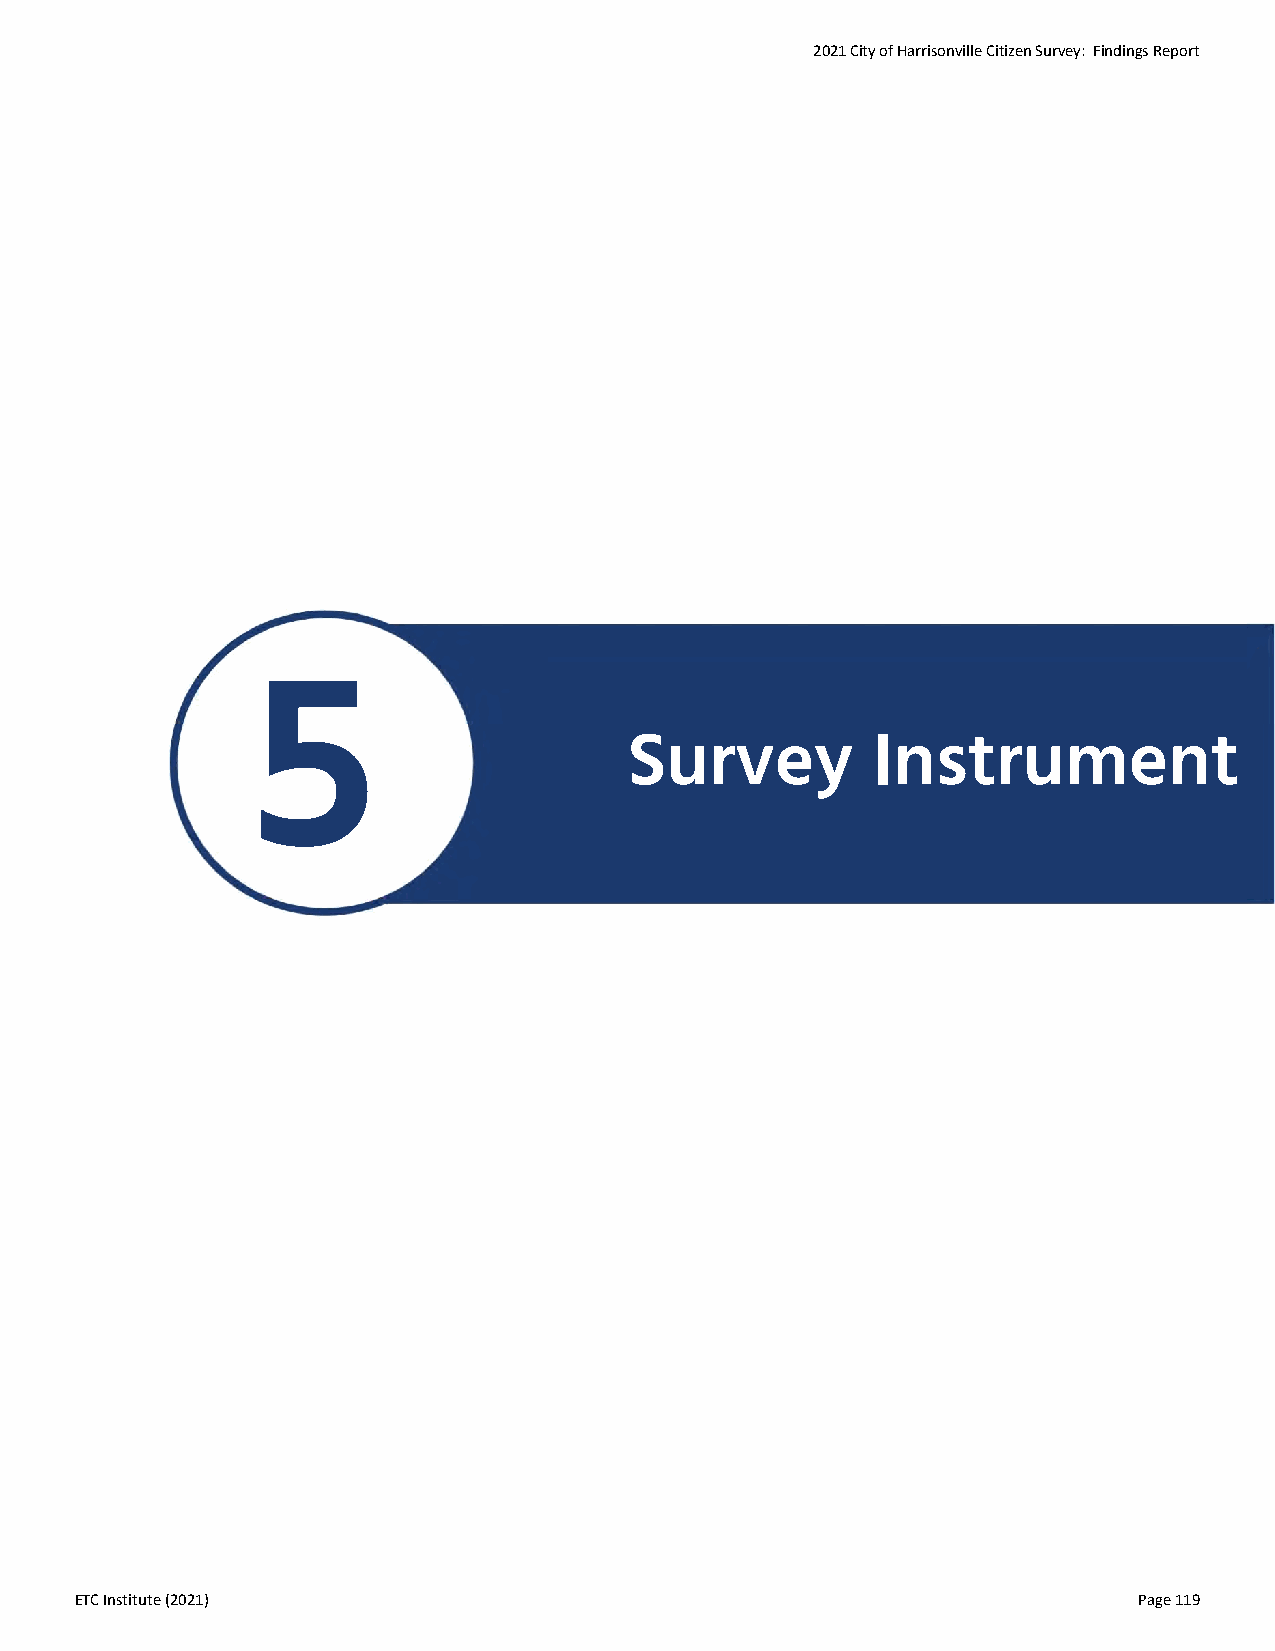
2021 City of Harrisonville Citizen Survey: Findings Report
 5
 Survey          Instrument
 ETC Institute (2021)                                                  Page 119